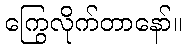
ကြွေလိုက်တာနော်။